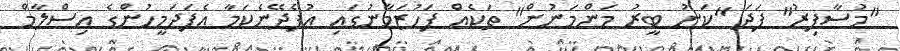
"މުސާފިރު" ފަދަ "ކަނު ބީރު މަންމަނުން" ތަކެއް ފަހުޒަމާނުގައި އުފެދޭނެކަމާ އެފަދަމީހުންގެ އިސްލާމް